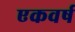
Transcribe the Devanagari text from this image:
एकवर्ष